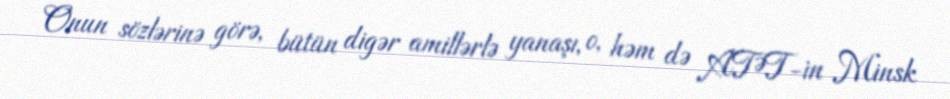
Onun sözlərinə görə, bütün digər amillərlə yanaşı, o, həm də ATƏT-in Minsk